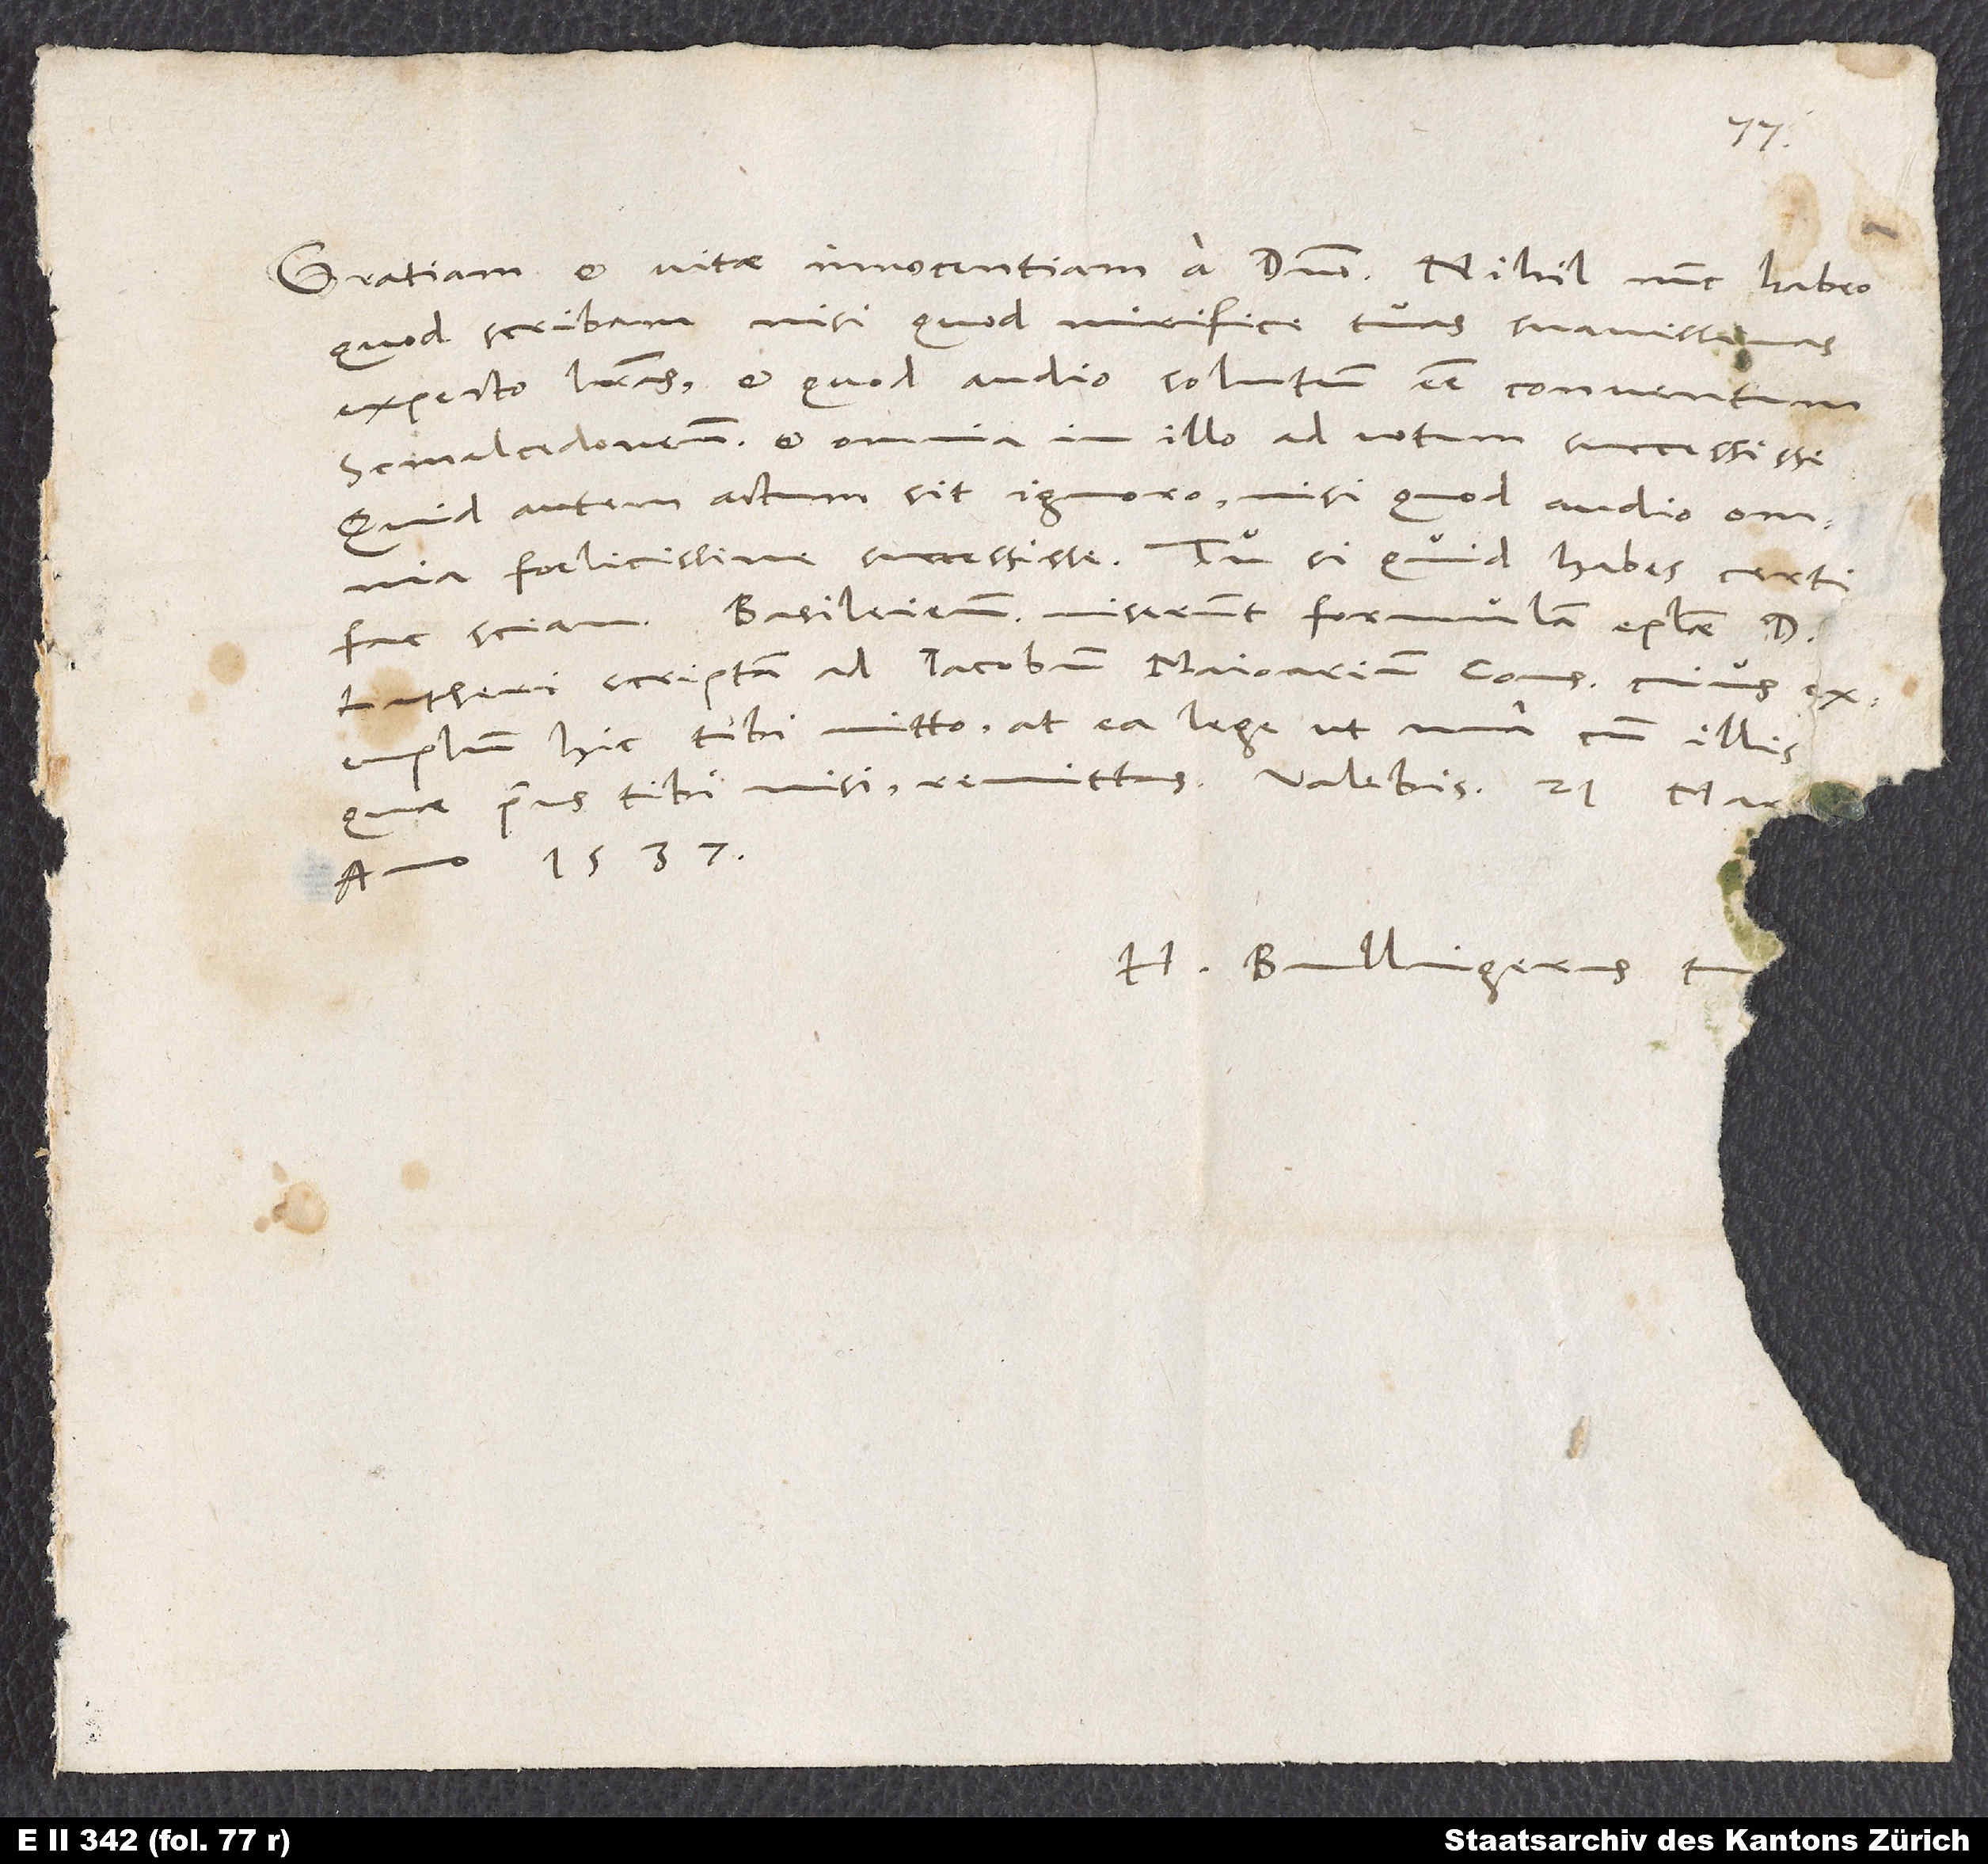
Gratiam et vitae innocentiam a domino. Nihil nunc habeo,
quod scribam, nisi quod mirifice tuas suavissimas
exspecto literas et quod audio, solutum esse conventum
Smalcedonensem et omnia in illo ad votum successisse.
Quid autem actum sit, ignoro, nisi quod audio, omnia
felicissime successisse. Tu si quid habes certi,
Basileienses miserunt formulam epistolae D.
fac sciam.
Lutheri, scriptam ad Iacobum Maioarium, consulem, cuius
exemplum hic tibi mitto; at ea lege, ut una cum illis,
quae prius tibi misi, remittas. Valebis. 21. Martii,
anno 1537.
Bullingerus tuus.